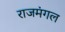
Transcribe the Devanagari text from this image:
राजमंगल